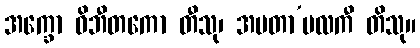
အက္ခော ဝိဘီတကော တီသု၊ အမတာ’မလကီ တိသု။